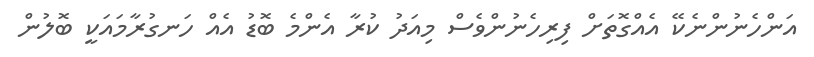
އަންހެނުންނެކޭ އެއްގޮތަށް ފިރިހެނުންވެސް މިއަދު ކުރާ އެންމެ ބޮޑު އެއް ހަނގުރާމައަކީ ބޮލުން